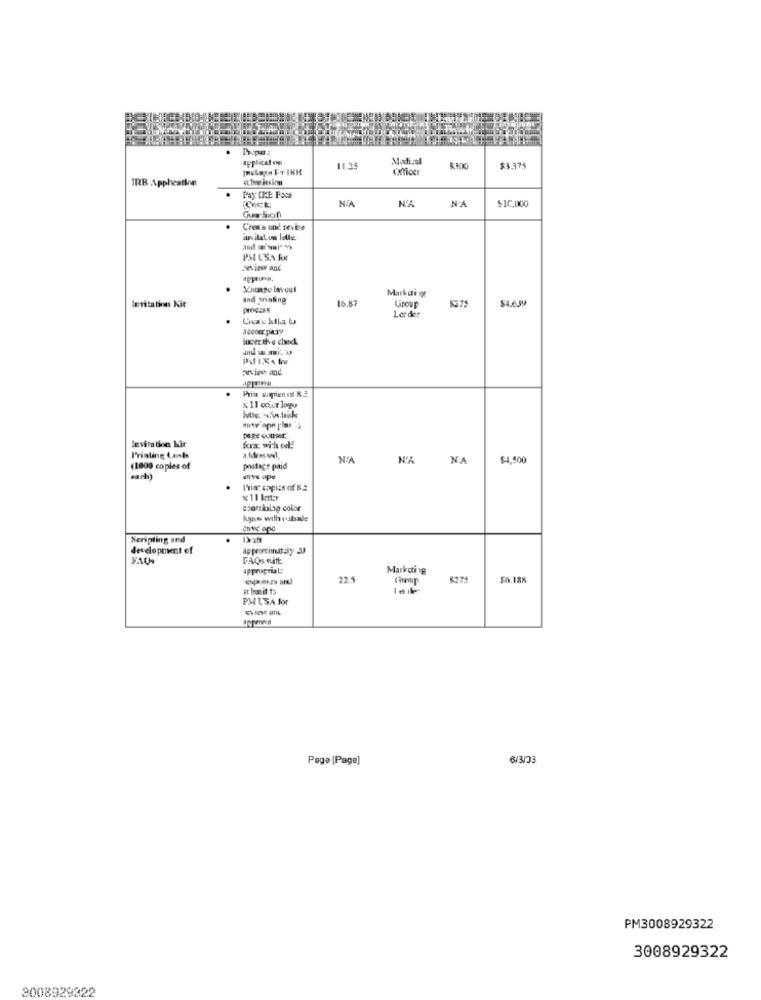
application
Medical
$3.375
TRB Application
Pay IRE Facs
N'A
N'A
$10,000
Creme und tevee
iuvilaLum lolle
sevine and
Shuago lavoul
and shading
16.87
Giroup
5275
$4.639
levitation Kit
process
Ler det
Super the-e check
& 11 acier logo
Invitation Kir
pige ouDer
kra with oe
Printing Costs
afdemed
NA
N'A
NA
$4,500
(1000 copies of
postage paid
l'in" copics of Na
coortining color
hus with outsale
Serinling and
development of
approccimataly JJ
FAQs vitt
approprial:
Mark cti 18
22.5
6274
$6.188
a baritt
PMLSA fox
Page [Page]
6/3/03
PM3008929322
3008929322
3008929322